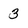
Character: 3